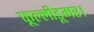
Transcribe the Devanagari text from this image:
फूल्लीडूमर।